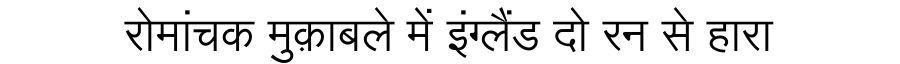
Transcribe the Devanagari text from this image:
रोमांचक मुक़ाबले में इंग्लैंड दो रन से हारा